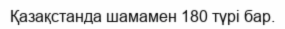
Қазақстанда шамамен 180 түрі бар.